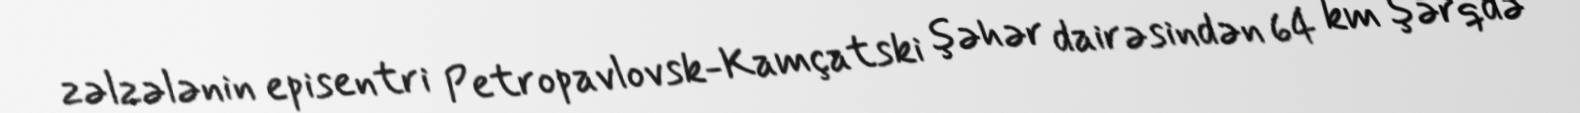
zəlzələnin episentri Petropavlovsk-Kamçatski şəhər dairəsindən 64 km şərqdə